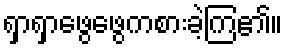
ရှာရှာဖွေဖွေကစားခဲ့ကြ၏။